Indian Medical Review
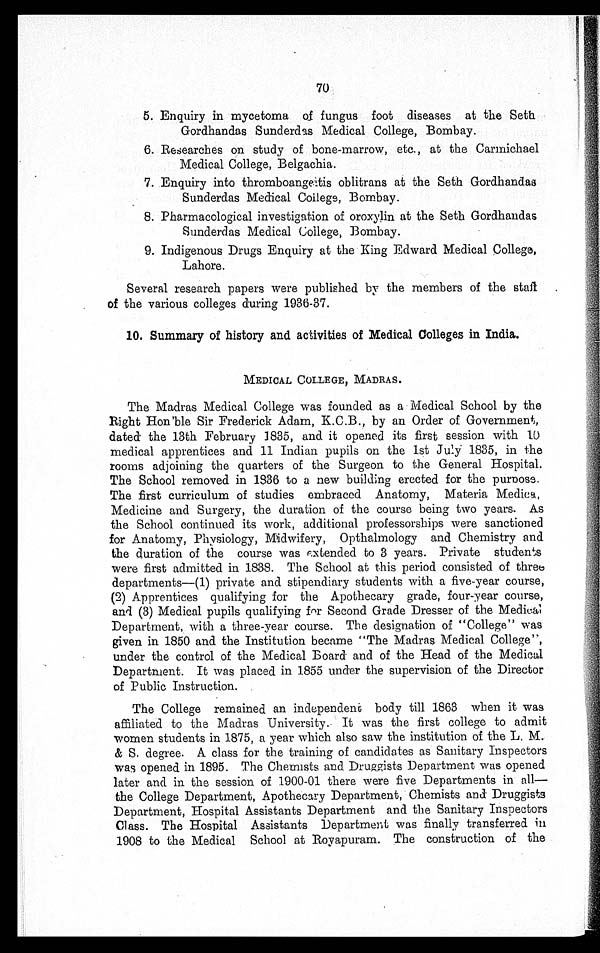
70
5. Enquiry in mycetoma of fungus foot diseases at the Seth
Gordhandas Sunderdas Medical College, Bombay.
6. Researches on study of bone-marrow, etc., at the Carmichael
Medical College, Belgachia.
7.
Enquiry into thromboangeits oblitrans at the Seth Gordhandas
Sunderdas Medical College, Bombay.
8. Pharmacological investigation of oroxylin at the Seth Gordhandas
Sunderdas Medical College, Bombay.
9. Indigenous Drugs Enquiry at the King Edward Medical College,
Lahore.
Several research papers were published by the members of the staff
of the various colleges during 1936-37.
10. Summary of history and activities of Medical Colleges in India.
MEDICAL COLLEGE, MADRAS.
The Madras Medical College was founded as a Medical School by the
Right Hon'ble Sir Frederick Adam, K.C.B., by an Order of Government,
dated the 13th February 1835, and it opened its first session with 10
medical apprentices and 11 Indian pupils on the 1st July 1835, in the
rooms adjoining the quarters of the Surgeon to the General Hospital.
The School removed in 1836 to a new building erected for the purpose.
The first curriculum of studies embraced Anatomy, Materia Medica
Medicine and Surgery, the duration of the course being two years. As
the School continued its work, additional professorships were sanctioned
for Anatomy, Physiology, Midwifery, Opthalmology and Chemistry and
the duration of the course was ex ended to 3 years. Private students
were first admitted in 1838. The School at this period consisted of three
departments—(1) private and stipendiary students with a five-year course,
(2) Apprentices qualifying for the Apothecary grade, four-year course,
and (3) Medical pupils qualifying for Second Grade Dresser of the Medical
Department, with a three-year course. The designation of "College" was
given in 1850 and the Institution became "The Madras Medical College",
under the control of the Medical Board and of the Head of the Medical
Department. It was placed in 1855 under the supervision of the Director
of Public Instruction.
The College remained an independent body till 1863 when it was
affiliated to the Madras University. It was the first college to admit
women students in 1875, a year which also saw the institution of the L. M.
& S. degree. A class for the training of candidates as Sanitary inspectors
was opened in 1895. The Chemists and Druggists Department was opened
later and in the session of 1900-01 there were five Departments in all—
the College Department, Apothecary Department, Chemists and Druggists
Department, Hospital Assistants Department and the Sanitary Inspectors
Class. The Hospital Assistants Department was finally transferred in
1908 to the Medical School at Royapuram. The construction of the